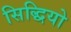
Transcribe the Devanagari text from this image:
सिद्धियो